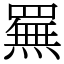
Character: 䍢